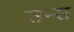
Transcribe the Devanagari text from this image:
उन्स